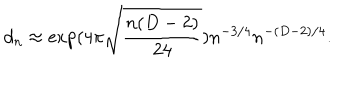
LaTeX: d _ { n } \approx \exp ( 4 \pi \sqrt { \frac { n ( D - 2 ) } { 2 4 } } ) n ^ { - 3 / 4 } n ^ { - ( D - 2 ) / 4 } .